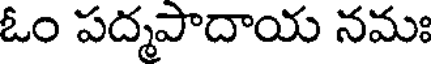
ఓం పద్మపాదాయ నమః